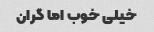
خیلی خوب اما گران